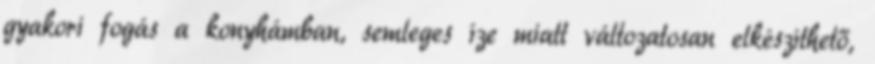
gyakori fogás a konyhámban, semleges íze miatt változatosan elkészíthető,